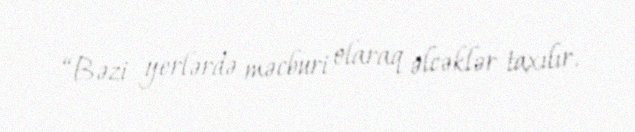
“Bəzi yerlərdə məcburi olaraq əlcəklər taxılır.